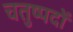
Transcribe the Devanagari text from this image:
चतुष्पदों